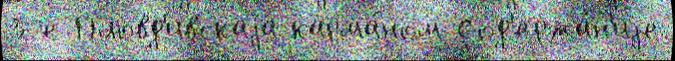
3-е Пловд'ивскаjа карма́ном Сод'ержа́н'иjе